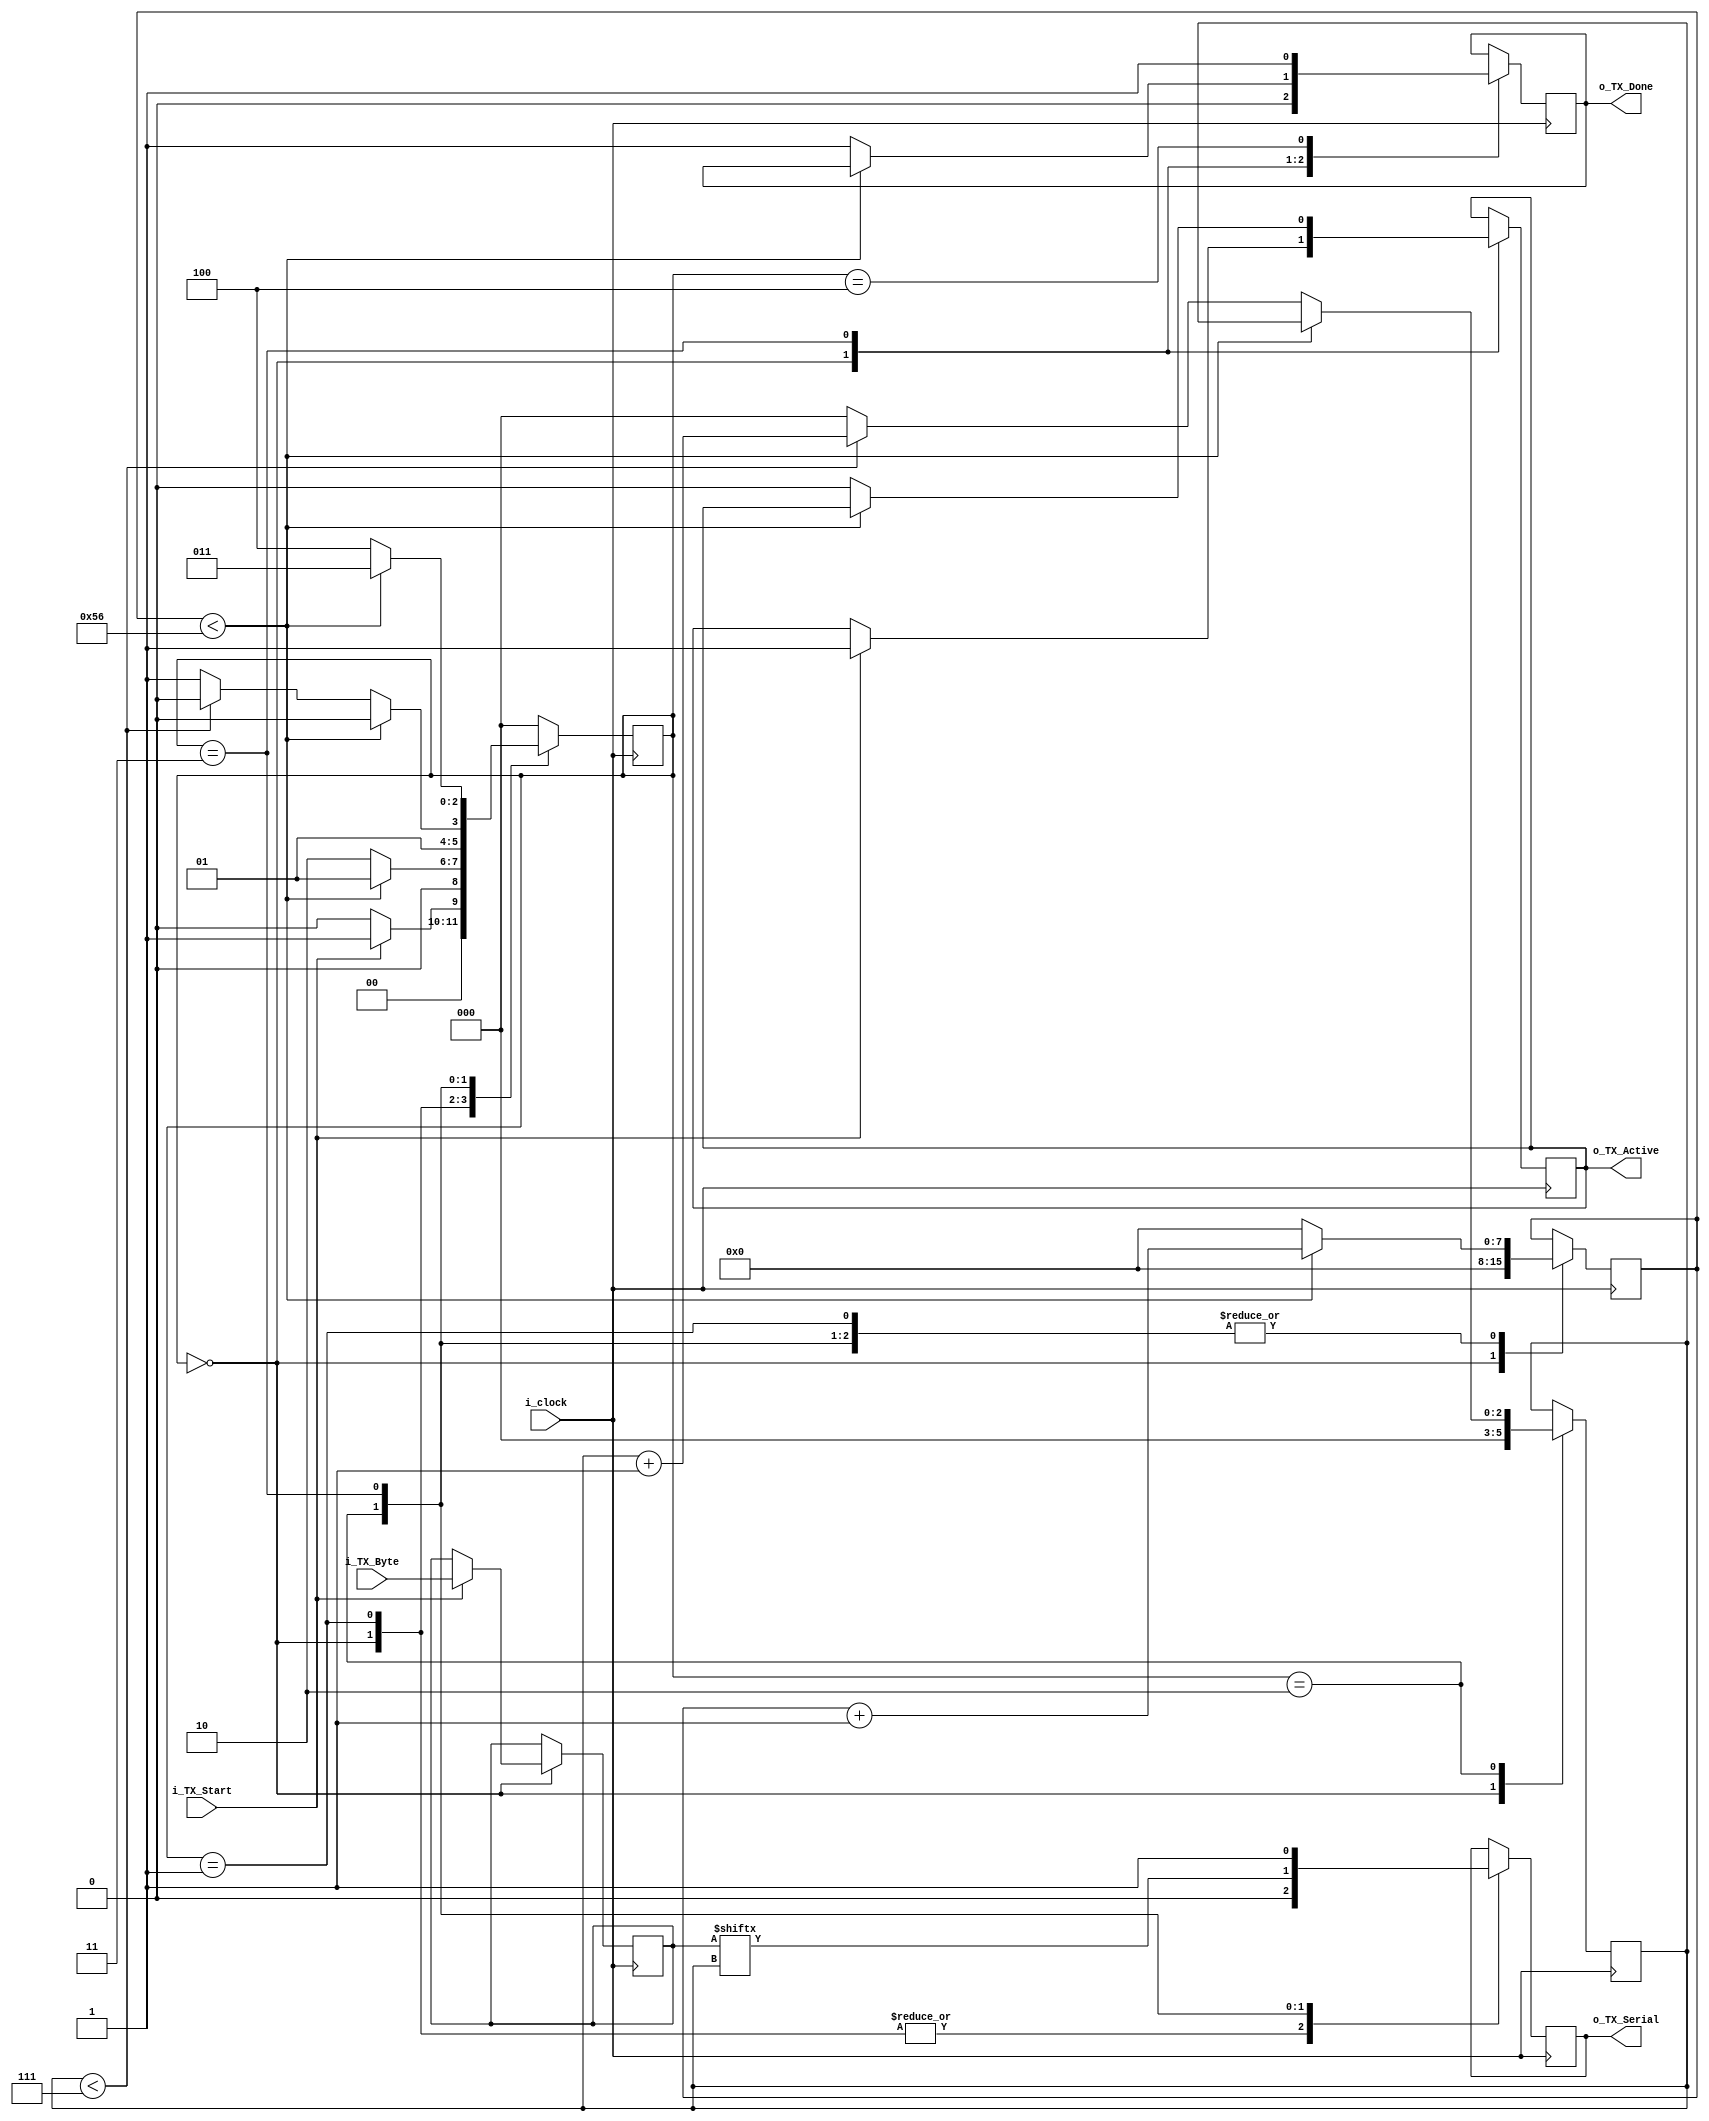
//This file containts the UART Transmitter Block. It is able to transfer one start bit, eight bit of serial data, one stop bit and no parity bit. When the transmit is complete, o_tx_done will be driven high for one clock cycle


//set parameter CLKS_PER_BIT as follows
//CLK_PER_BIT = (Frequency of i_clock) / (Frequency of UART)
//Example : 10 MHz clock, 115200 baud rate
// (10000000 / 115200) = 87


module UART_Transmitter #(parameter CLKS_PER_BIT = 87)
  (input i_clock, //System Clock
   input i_TX_Start, //Start Signal
   input [7:0] i_TX_Byte, //Data bits
   output o_TX_Active, //Output assert signal to indicate the data transfer
   output reg o_TX_Serial, //Output serial data
   output o_TX_Done //Output assert signal to indicate the completion of data transfer
  );
  
  parameter S_IDLE = 3'b000;
  parameter S_TX_START_BIT = 3'b001;
  parameter S_TX_DATA_BITS = 3'b010;
  parameter S_TX_STOP_BIT = 3'b011;
  parameter S_CLEANUP = 3'b100;
  
  //Initialising values to the below internal registers as there is no reset in the design
  
  reg [2:0] r_SM_main = 0; //register to store values for the state machine logic
  reg [7:0] r_clock_count = 0; //Counter to calcualte the CLKS_PER_BIT
  reg [2:0] r_bit_index = 0; //Counter for the bit indexes
  reg [7:0] r_TX_data = 0; //Internal register to handlr the input data : i_TX_Byte
  reg r_TX_Done; //Internal signal for output - indicate the completion of data transfer
  reg r_TX_Active; //Internal signal for output - indicate the start and end of data transfer
  
  always @(posedge i_clock)
    begin
      case(r_SM_main)
        
        // IDLE STATE
        S_IDLE :
          begin 
            r_TX_Done <= 0;
            o_TX_Serial <= 0;
            r_clock_count <= 0;
            r_bit_index <= 0;
            
            if(i_TX_Start == 1'b1)
              begin
                r_TX_Active <= 1;
                r_TX_data <= i_TX_Byte;
                r_SM_main <= S_TX_START_BIT;
              end
            else
              r_SM_main <= S_IDLE;
          end
        
        
        //Send out start bit : 0
        // START BIT
        S_TX_START_BIT : 
          begin 
            o_TX_Serial <= 0;
            //wait till CLKS_PER_BIT - 1 for the start bit to finish
            if(r_clock_count < CLKS_PER_BIT - 1)
              begin
                r_clock_count = r_clock_count + 1; //Incrementing Counter
                r_SM_main <= S_TX_START_BIT;
              end
            else
              begin
                r_clock_count <= 0; // assigning counter to zero
                r_SM_main <= S_TX_DATA_BITS;
              end    
          end
        
        //Wait CLKS_PER_BIT - 1 clock cycles for data bits to finish
        // DATA BITS
        S_TX_DATA_BITS :
          begin 
            o_TX_Serial = r_TX_data[r_bit_index];
            if(r_clock_count < CLKS_PER_BIT - 1)
              begin
                r_clock_count <= r_clock_count + 1;
                r_SM_main <= S_TX_DATA_BITS;
              end
            else
              begin
                r_clock_count <= 0;
                //check if we have sent out all bits
                if(r_bit_index < 7)
                  begin
                    r_bit_index <= r_bit_index + 1;
                    r_SM_main <= S_TX_DATA_BITS;
                  end
                else
                  begin
                    r_bit_index <= 0;
                    r_SM_main <= S_TX_STOP_BIT;
                  end
              end
          end
        
        //Send out stop bit : 1
        // STOP BIT 
        S_TX_STOP_BIT :
          begin 
            o_TX_Serial <= 1;
            //wait CLKS_PER_BIT - 1 clock cyles for stop bit to finish
            if(r_clock_count < CLKS_PER_BIT - 1)
              begin
                r_clock_count <= r_clock_count + 1;
                r_SM_main <= S_TX_STOP_BIT;
              end
            else
              begin
                r_TX_Done <= 1;
                r_clock_count <= 0;
                r_SM_main <= S_CLEANUP;
                r_TX_Active <= 0;
              end
          end
        
        //stay here for one clock
        // CLEANUP STATEo_
        S_CLEANUP :
          begin 
            r_TX_Done <= 1;
            r_SM_main <= S_IDLE;
          end
        
        default : r_SM_main <= S_IDLE;
           
      endcase
    end
  
  assign o_TX_Active = r_TX_Active;
  assign o_TX_Done = r_TX_Done;
  
  
endmodule